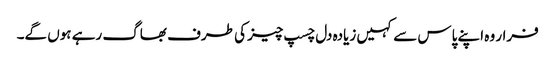
فرار وہ اپنے پاس سے کہیں زیادہ دل چسپ چیز کی طرف بھاگ رہے ہوں گے۔